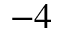
^ { - 4 }